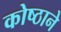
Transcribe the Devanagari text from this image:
कोष्ठाने